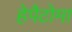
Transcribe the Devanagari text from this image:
हेपैटोमा